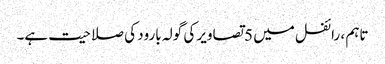
تاہم ، رائفل میں 5 تصاویر کی گولہ بارود کی صلاحیت ہے۔